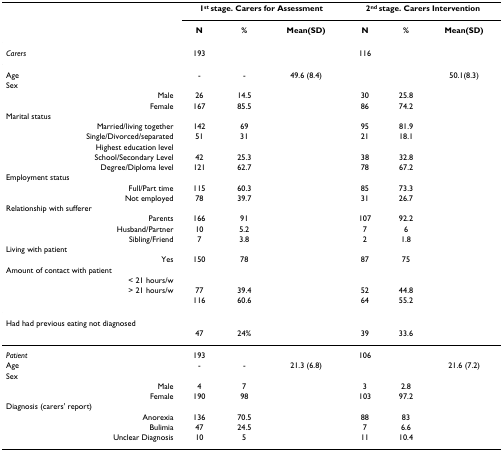
<table><thead><tr><td></td><td colspan="3"><b>1<sup>st </sup>stage. Carers for Assessment</b></td><td colspan="3"><b>2<sup>nd </sup>stage. Carers Intervention</b></td></tr><tr><td></td><td><b>N</b></td><td><b>%</b></td><td><b>Mean(SD)</b></td><td><b>N</b></td><td><b>%</b></td><td><b>Mean(SD)</b></td></tr></thead><tbody><tr><td><i>Carers</i></td><td>193</td><td></td><td></td><td>116</td><td></td><td></td></tr><tr><td>Age</td><td>-</td><td>-</td><td>49.6 (8.4)</td><td></td><td></td><td>50.1(8.3)</td></tr><tr><td>Sex</td><td></td><td></td><td></td><td></td><td></td><td></td></tr><tr><td>Male</td><td>26</td><td>14.5</td><td></td><td>30</td><td>25.8</td><td></td></tr><tr><td>Female</td><td>167</td><td>85.5</td><td></td><td>86</td><td>74.2</td><td></td></tr><tr><td>Marital status</td><td></td><td></td><td></td><td></td><td></td><td></td></tr><tr><td>Married/living together</td><td>142</td><td>69</td><td></td><td>95</td><td>81.9</td><td></td></tr><tr><td>Single/Divorced/separated</td><td>51</td><td>31</td><td></td><td>21</td><td>18.1</td><td></td></tr><tr><td>Highest education level</td><td></td><td></td><td></td><td></td><td></td><td></td></tr><tr><td>School/Secondary Level</td><td>42</td><td>25.3</td><td></td><td>38</td><td>32.8</td><td></td></tr><tr><td>Degree/Diploma level</td><td>121</td><td>62.7</td><td></td><td>78</td><td>67.2</td><td></td></tr><tr><td>Employment status</td><td></td><td></td><td></td><td></td><td></td><td></td></tr><tr><td>Full/Part time</td><td>115</td><td>60.3</td><td></td><td>85</td><td>73.3</td><td></td></tr><tr><td>Not employed</td><td>78</td><td>39.7</td><td></td><td>31</td><td>26.7</td><td></td></tr><tr><td>Relationship with sufferer</td><td></td><td></td><td></td><td></td><td></td><td></td></tr><tr><td>Parents</td><td>166</td><td>91</td><td></td><td>107</td><td>92.2</td><td></td></tr><tr><td>Husband/Partner</td><td>10</td><td>5.2</td><td></td><td>7</td><td>6</td><td></td></tr><tr><td>Sibling/Friend</td><td>7</td><td>3.8</td><td></td><td>2</td><td>1.8</td><td></td></tr><tr><td>Living with patient</td><td></td><td></td><td></td><td></td><td></td><td></td></tr><tr><td>Yes</td><td>150</td><td>78</td><td></td><td>87</td><td>75</td><td></td></tr><tr><td>Amount of contact with patient</td><td></td><td></td><td></td><td></td><td></td><td></td></tr><tr><td>&lt; 21 hours/w</td><td></td><td></td><td></td><td></td><td></td><td></td></tr><tr><td>&gt; 21 hours/w</td><td>77</td><td>39.4</td><td></td><td>52</td><td>44.8</td><td></td></tr><tr><td></td><td>116</td><td>60.6</td><td></td><td>64</td><td>55.2</td><td></td></tr><tr><td>Had had previous eating not diagnosed</td><td></td><td></td><td></td><td></td><td></td><td></td></tr><tr><td></td><td>47</td><td>24%</td><td></td><td>39</td><td>33.6</td><td></td></tr><tr><td><i>Patient</i></td><td>193</td><td></td><td></td><td>106</td><td></td><td></td></tr><tr><td>Age</td><td>-</td><td>-</td><td>21.3 (6.8)</td><td></td><td></td><td>21.6 (7.2)</td></tr><tr><td>Sex</td><td></td><td></td><td></td><td></td><td></td><td></td></tr><tr><td>Male</td><td>4</td><td>7</td><td></td><td>3</td><td>2.8</td><td></td></tr><tr><td>Female</td><td>190</td><td>98</td><td></td><td>103</td><td>97.2</td><td></td></tr><tr><td>Diagnosis (carers&#x27; report)</td><td></td><td></td><td></td><td></td><td></td><td></td></tr><tr><td>Anorexia</td><td>136</td><td>70.5</td><td></td><td>88</td><td>83</td><td></td></tr><tr><td>Bulimia</td><td>47</td><td>24.5</td><td></td><td>7</td><td>6.6</td><td></td></tr><tr><td>Unclear Diagnosis</td><td>10</td><td>5</td><td></td><td>11</td><td>10.4</td><td></td></tr></tbody></table>